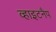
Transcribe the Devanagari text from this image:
व्हाइटनैप